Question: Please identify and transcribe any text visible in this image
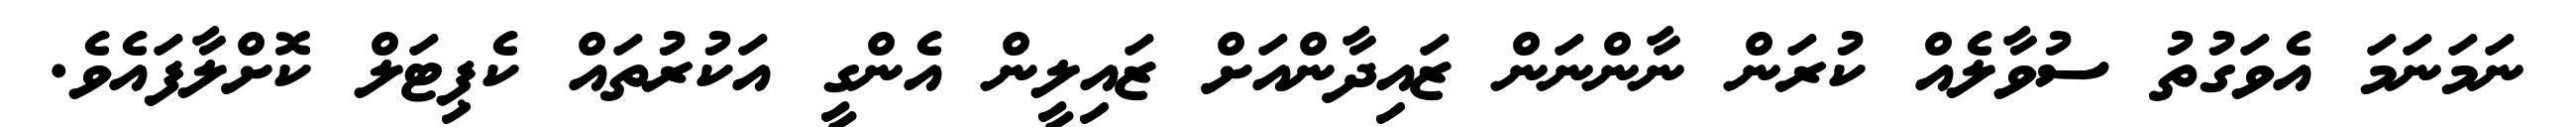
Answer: ނަމަނަމަ އެވަގުތު ސުވާލެއް ކުރަން ނާންނަން ޒައިދާންއަށް ޒައިލީން އެންގީ އަކުރުތައް ކެޕިޓަލް ކޮށްލާފައެވެ.